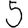
Digit: 5